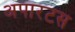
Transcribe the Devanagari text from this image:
अपारटस